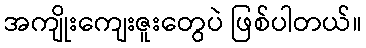
အကျိုးကျေးဇူးတွေပဲ ဖြစ်ပါတယ်။